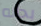
بحاله